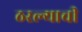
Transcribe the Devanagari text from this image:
ठरल्याची